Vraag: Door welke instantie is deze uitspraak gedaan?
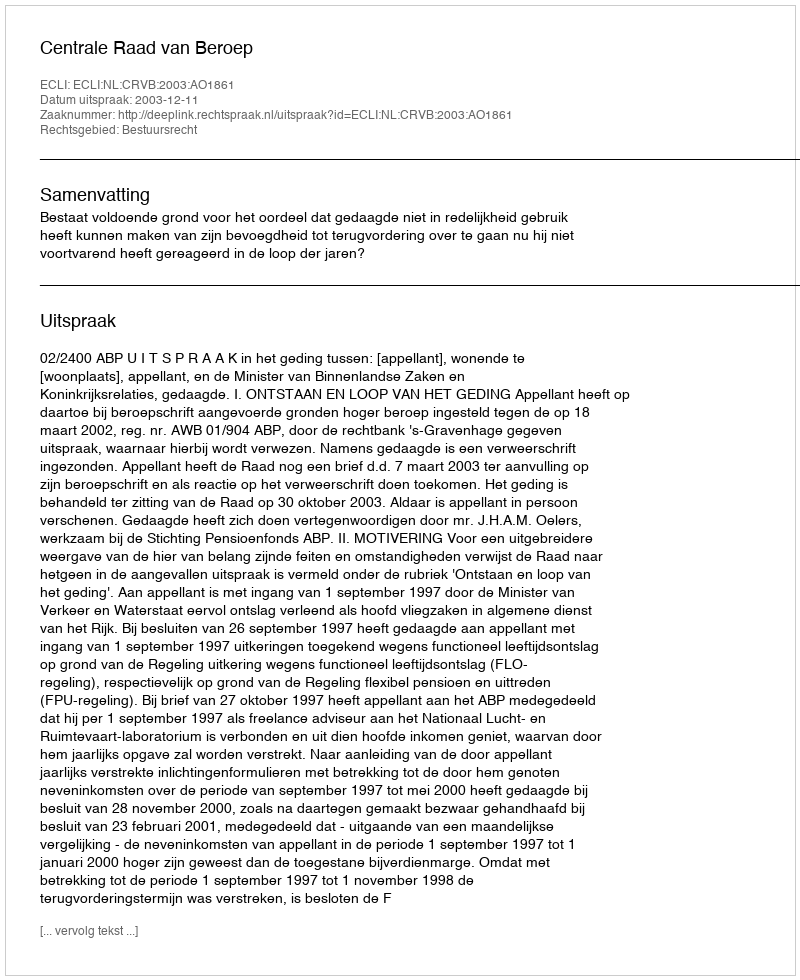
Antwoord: Centrale Raad van Beroep